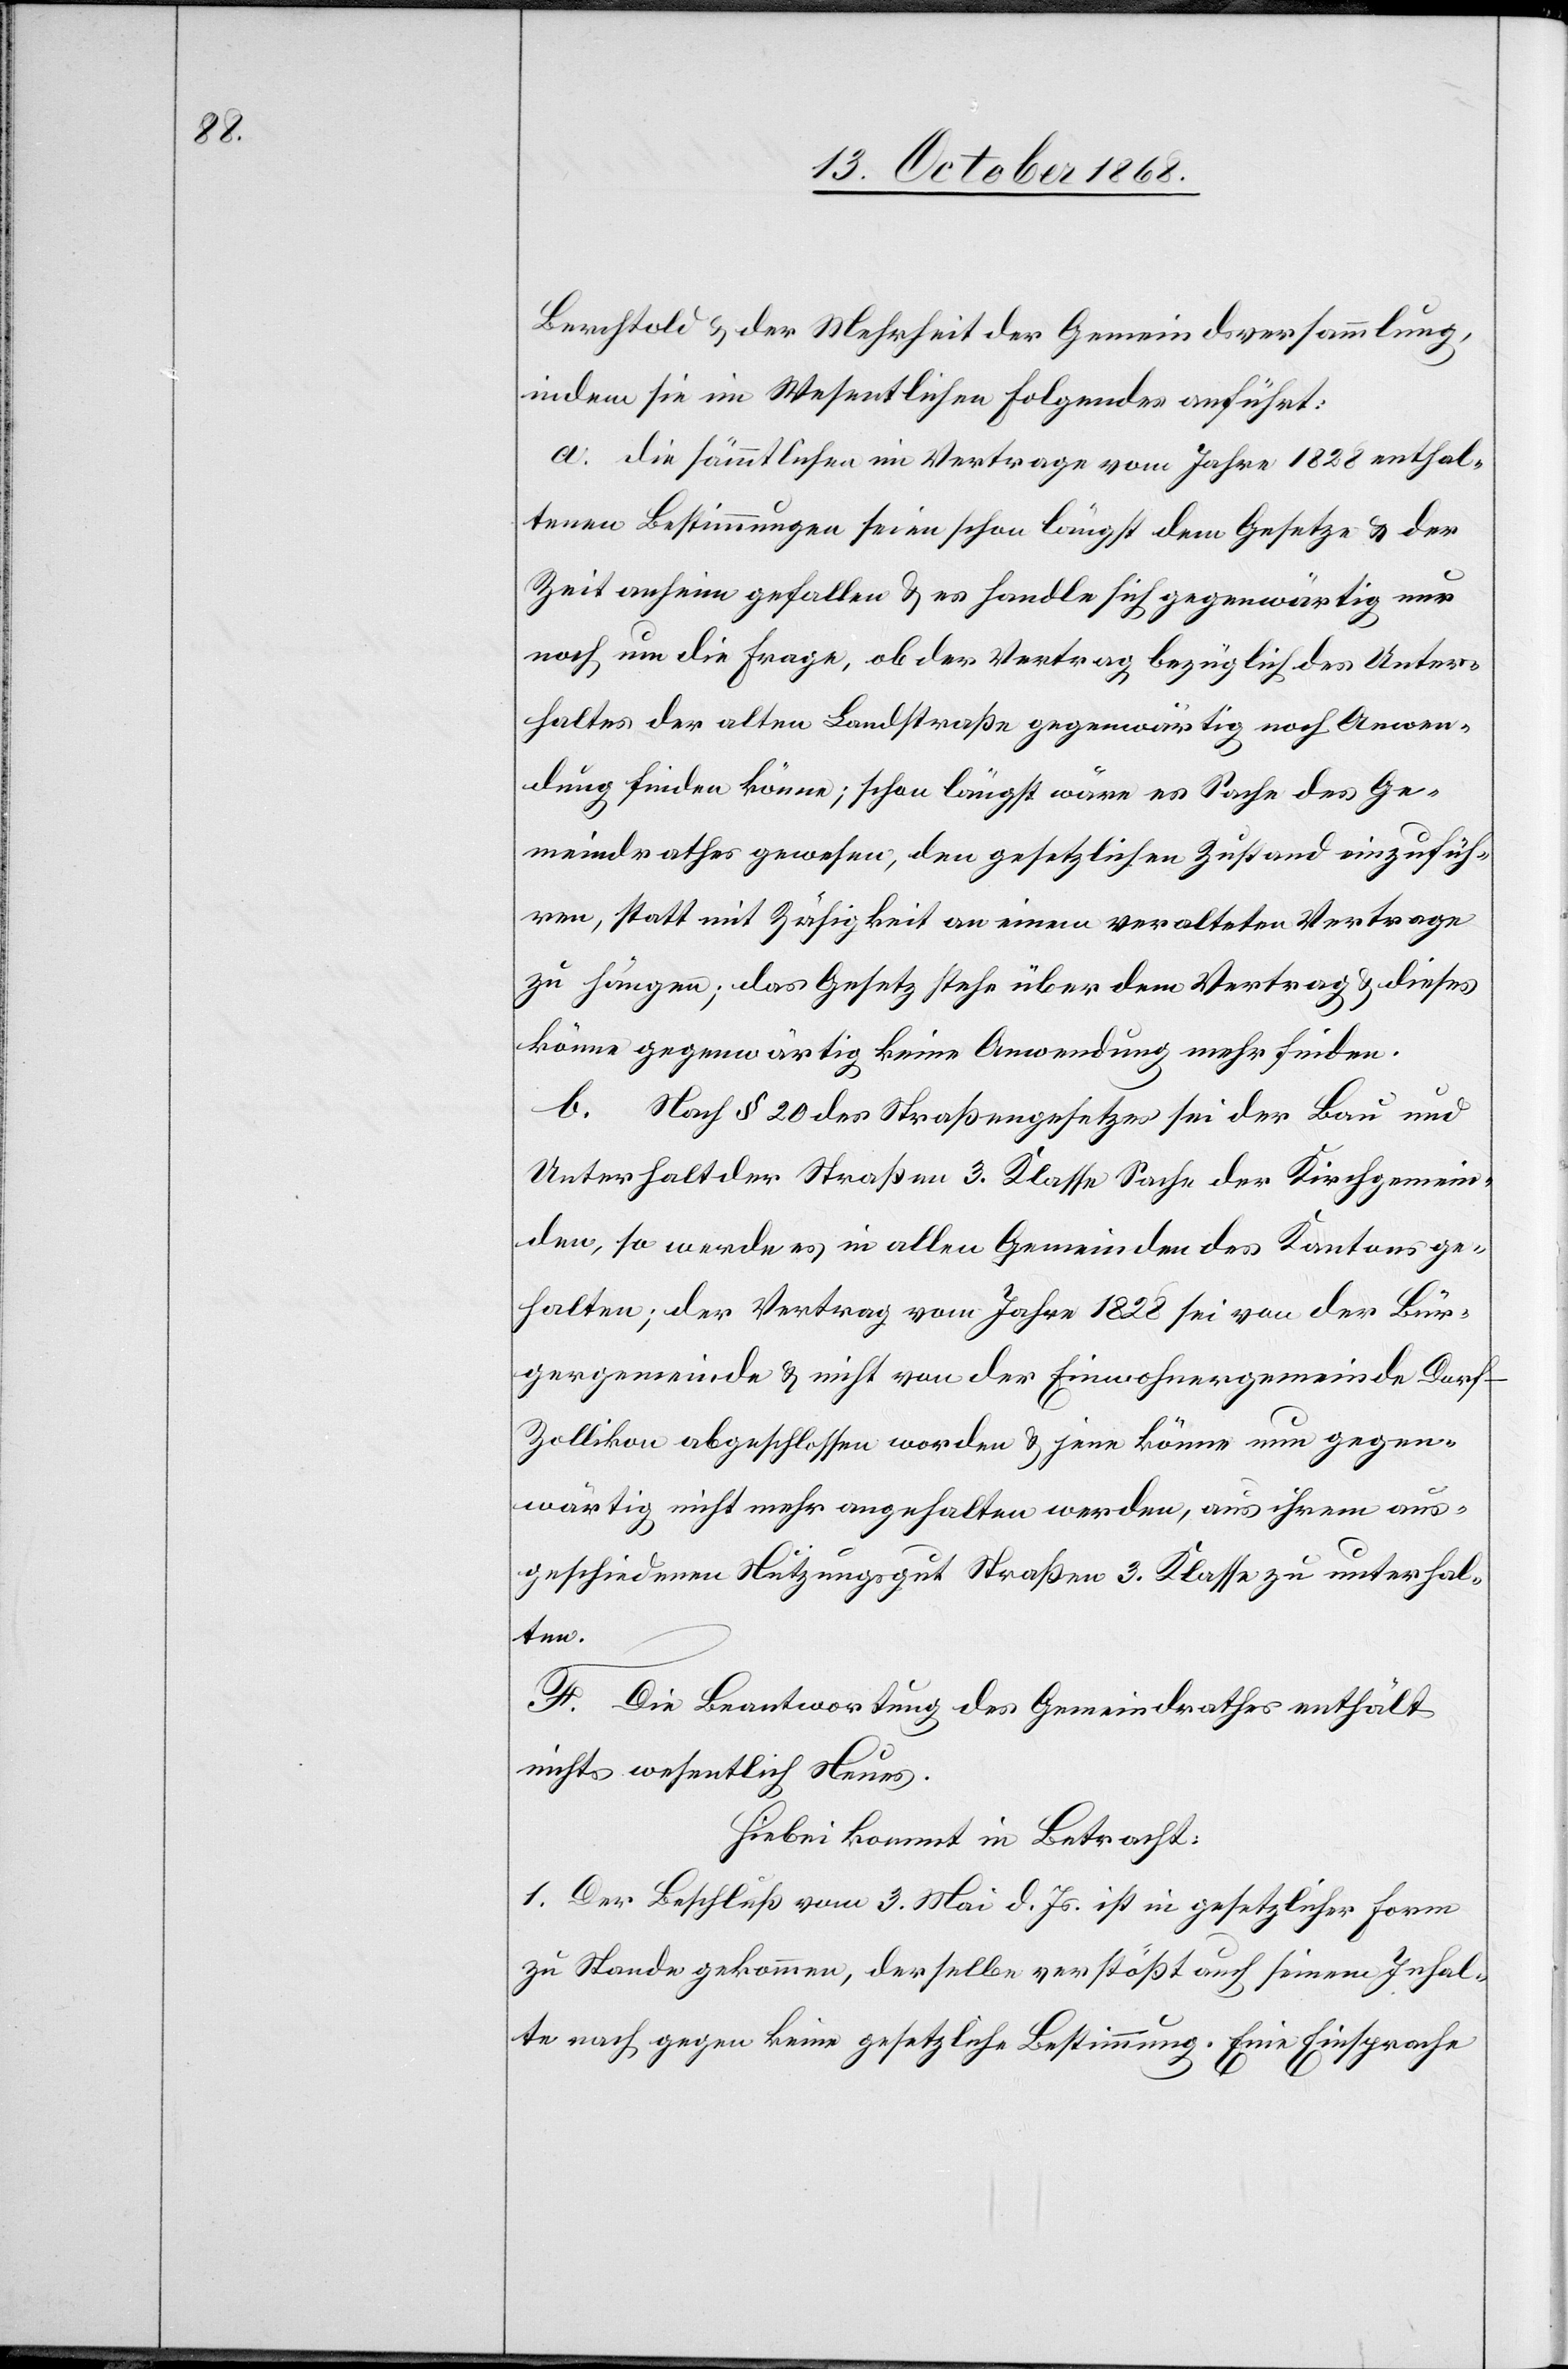
Berchtold & der Mehrheit der Gemeindsversammlung,
indem sie im Wesentlichen Folgendes anführt:
a. Die sämmtlichen im Vertrage vom Jahre 1828 enthal¬
tenen Bestimmungen seien schon längst dem Gesetze & der
Zeit anheim gefallen & es handle sich gegenwärtig nur
noch um die Frage, ob der Vertrag bezüglich des Unter¬
haltes der alten Landstraße gegenwärtig noch Anwen¬
dung finden könne; schon längst wäre es Sache des Ge¬
meindrathes gewesen, den gesetzlichen Zustand einzufüh¬
ren, statt mit Zähigkeit an einem veralteten Vertrage
zu hängen; das Gesetz stehe über dem Vertrag & dieses
könne gegenwärtig keine Anwendung mehr finden.
b. Nach § 20 des Straßengesetzes sei der Bau und
Unterhalt der Straßen 3. Klasse Sache der Kirchgemein¬
den, so werde es in allen Gemeinden des Kantons ge¬
halten; der Vertrag vom Jahre 1828 sei von der Bür¬
gergemeinde & nicht von der Einwohnergemeinde Dorf-Z¬
ollikon abgeschlossen worden & jene könne nun gegen¬
wärtig nicht mehr angehalten werden, aus ihrem aus¬
geschiedenen Nutzungsgut Straßen 3. Klasse zu unterhal¬
ten.
F. Die Beantwortung des Gemeindrathes enthält
nichts wesentlich Neues.
Hiebei kommt in Betracht:
1. Der Beschluß vom 3. Mai d. Js. ist in gesetzlicher Form
zu Stande gekommen, derselbe verstößt auch seinem Inhal¬
te nach gegen keine gesetzliche Bestimmung. Eine Einsprache